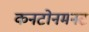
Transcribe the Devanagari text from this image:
कनटोनमनट